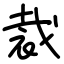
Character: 裁